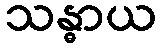
သန္ဓာယ